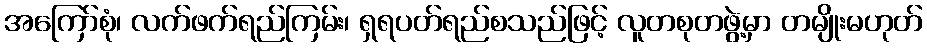
အကြော်စုံ၊ လက်ဖက်ရည်ကြမ်း၊ ရှရပတ်ရည်စသည်ဖြင့် လူတစုတဖွဲ့မှာ တမျိုးမဟုတ်